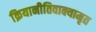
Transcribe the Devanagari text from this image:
क्रियानीतिवाक्यामृत